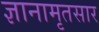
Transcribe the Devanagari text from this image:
ज्ञानामृतसार